Leaving Certificate Examination, 1918
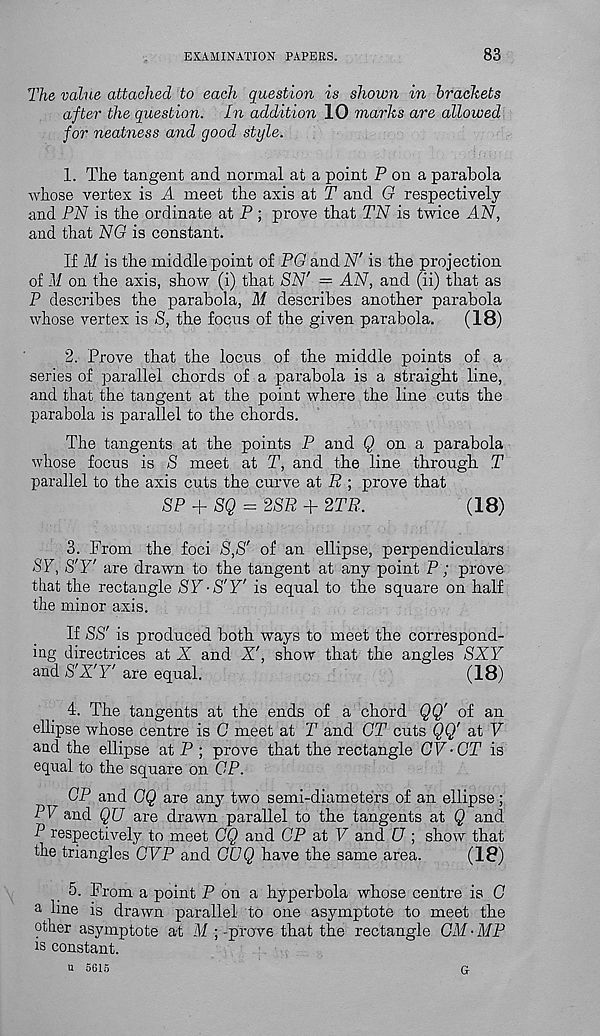
EXAMINATION PAPERS.
83
The value attached to each question is shown in brackets
after the question. In addition 10 marks are allowed
for neatness and good style.
1. The tangent and normal at a point P on a parabola
whose vertex is A meet the axis at T and G respectively
and PN is the ordinate at P ; prove that TN is twice AN,
and that NG is constant.
If M is the middle point of PG and N' is the projection
of M on the axis, show (i) that SN' = AN, and (ii) that as
P describes the parabola, M describes another parabola
whose vertex is S, the focus of the given parabola.
(18)
2. Prove that the locus of the middle points of a
series of parallel chords of a parabola is a straight line,
and that the tangent at the point where the line cuts the
parabola is parallel to the chords.
The tangents at the points P and § on a parabola
whose focus is S meet at T, and the line through T
parallel to the axis cuts the curve at R ; prove that
SP + SQ = 2SR + 2TR.
(18)
3. From the foci S,S' of an ellipse, perpendiculars
SY, S'Y' are drawn to the tangent at any point P ; prove
that the rectangle SY■ S'Y' is equal to the square on half
the minor axis.
ASS' is produced both ways to meet the correspond-
ing directrices at X and X', show that the angles SXY
and S'X'Y' are equal.
(18)
4. The tangents at the ends of a chord QQ' of an
ellipse whose centre is G meet at T and GT cuts QQ' at V
and the ellipse at P ; prove that the rectangle OV • GT is
equal to the square on GP.
GP and GQ are any two semi-diameters of an ellipse;
PV and QU are drawn parallel to the tangents at Q and
P respectively to meet GQ and GP at V and U ; show that
the triangles GVP and GCQ have the same area.
(18)
5. From a point P on a hyperbola whose centre is G
a line is drawn parallel to one asymptote to meet the
pther asymptote at M ; -prove that the rectangle OM-MP
is constant.
u 5615
G